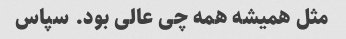
مثل همیشه همه چی عالی بود. سپاس